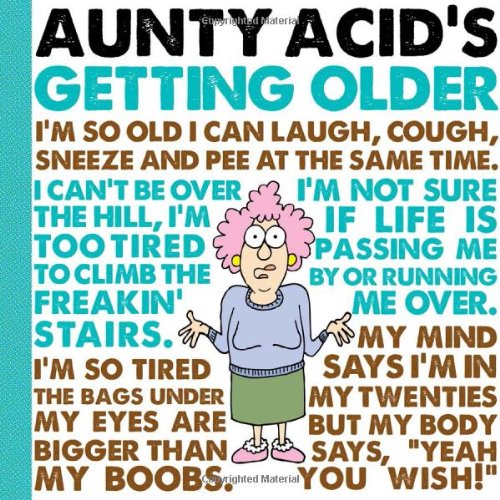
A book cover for Aunty Acid's Getting Older; Ged Backland; Humor & Entertainment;